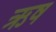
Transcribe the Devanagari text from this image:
ऋष